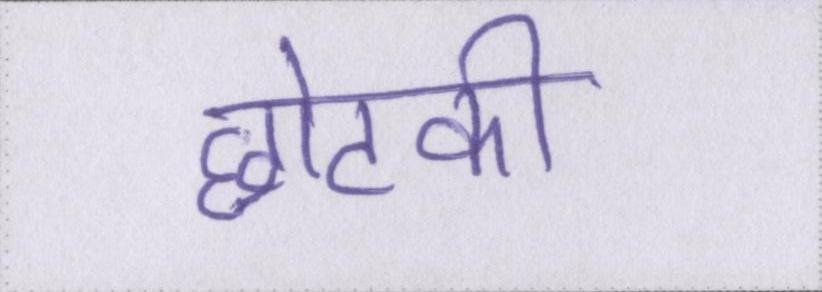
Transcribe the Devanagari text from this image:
छोटकी